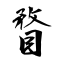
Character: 瞀